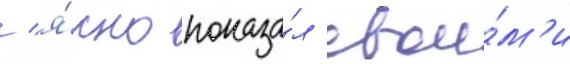
/ я́сно показа́л свои́м'и